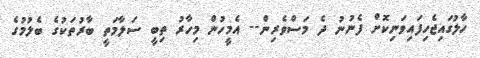
ހާލުގައިޖެހިފައިވަނިކޮށް ފެނުނު ދެ މަސްވެރިން-- އެމީހުން މިހާރު ތިބީ ސަލާމަތީ ބާރުތަކުގެ ބެލުމުގެ